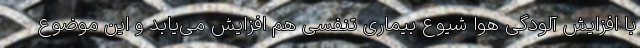
با افزایش آلودگی هوا شیوع بیماری تنفسی هم افزایش می‌یابد و این موضوع